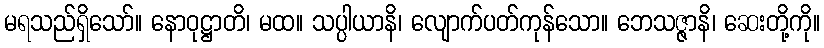
မရသည်ရှိသော်။ နောဝုဋ္ဌာတိ၊ မထ။ သပ္ပါယာနိ၊ လျောက်ပတ်ကုန်သော။ ဘေသဇ္ဇာနိ၊ ဆေးတို့ကို။